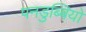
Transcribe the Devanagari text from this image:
पनडुब्बियो